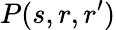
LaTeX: P(s,r,r^{\prime})